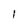
Character: l